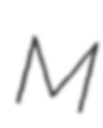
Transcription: M